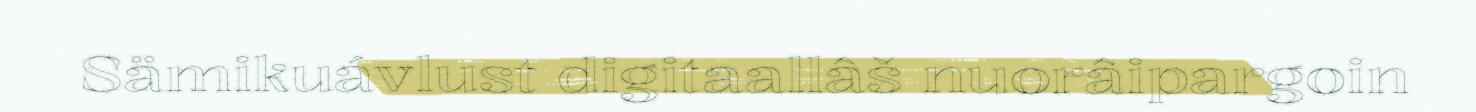
Sämikuávlust digitaallâš nuorâipargoin